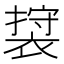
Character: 𮖖